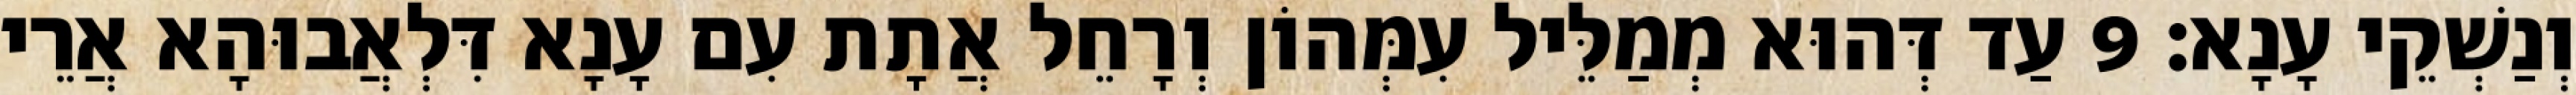
וְנַשְׁקֵי עָנָא׃ 9 עַד דְּהוּא מְמַלֵּיל עִמְּהוֹן וְרָחֵל אֲתָת עִם עָנָא דִּלְאֲבוּהָא אֲרֵי